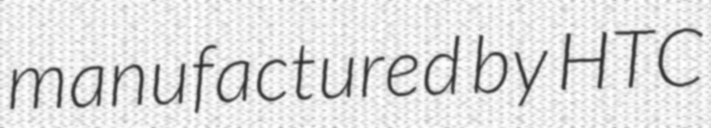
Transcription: manufactured by HTC